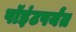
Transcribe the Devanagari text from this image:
पॉइंटपर्यंत